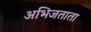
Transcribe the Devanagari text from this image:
अभिजताता